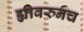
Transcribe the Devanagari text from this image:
ह्यावरुनच